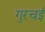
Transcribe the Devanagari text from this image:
गुरचई